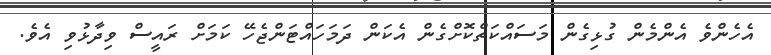
އެހެންވެ އެންމެން ގުޅިގެން މަސައްކަތްކޮށްގެން އެކަން ދަމަހައްޓަންޖެހޭ ކަމަށް ރައީސް ވިދާޅުވި އެވެ.